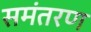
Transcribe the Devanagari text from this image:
समंतरण